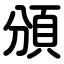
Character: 頒